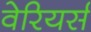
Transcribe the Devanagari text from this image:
वेरियर्स